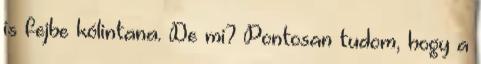
is fejbe kólintana. De mi? Pontosan tudom, hogy a